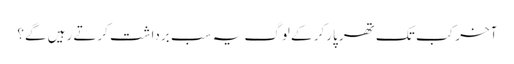
آخر کب تک تھر پارکر کے لوگ یہ سب برداشت کرتے رہیں گے؟